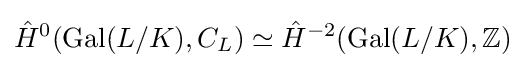
{\hat {H}}^{0}(\operatorname {Gal} (L/K),C_{L})\simeq {\hat {H}}^{-2}(\operatorname {Gal} (L/K),\mathbb {Z} )